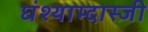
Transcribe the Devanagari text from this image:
घंश्याम्दास्जी